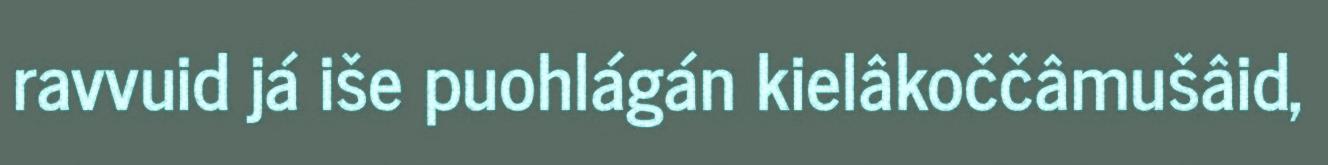
ravvuid já iše puohlágán kielâkoččâmušâid,